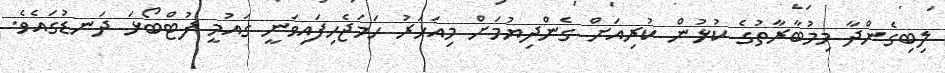
ލިބިގެންދާ މިމުބާރާތުގެ ކުޅުން ކުރިއަށް ގެންދިޔުމަށް މިއަހަރު ހަމަޖެހިފައިވަނީ ގައުމީ ފުޓްބޯޅަ ދަނޑުގައެވެ.